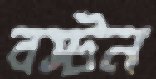
বস্টন